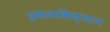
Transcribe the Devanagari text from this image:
प्रभावविज्ञान